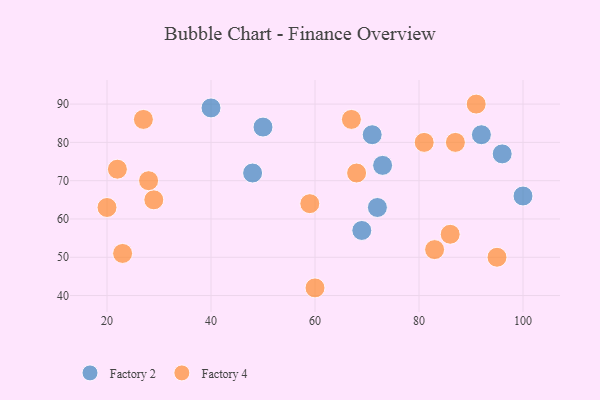
{"axis": {"x": "GDP", "y": "Life Expectancy"}, "legend": ["Factory 2", "Factory 4"], "data": [{"x": "72", "y": 63, "type": "Factory 2"}, {"x": "92", "y": 82, "type": "Factory 2"}, {"x": "50", "y": 84, "type": "Factory 2"}, {"x": "100", "y": 66, "type": "Factory 2"}, {"x": "69", "y": 57, "type": "Factory 2"}, {"x": "73", "y": 74, "type": "Factory 2"}, {"x": "48", "y": 72, "type": "Factory 2"}, {"x": "96", "y": 77, "type": "Factory 2"}, {"x": "40", "y": 89, "type": "Factory 2"}, {"x": "71", "y": 82, "type": "Factory 2"}, {"x": "83", "y": 52, "type": "Factory 4"}, {"x": "68", "y": 72, "type": "Factory 4"}, {"x": "81", "y": 80, "type": "Factory 4"}, {"x": "86", "y": 56, "type": "Factory 4"}, {"x": "67", "y": 86, "type": "Factory 4"}, {"x": "87", "y": 80, "type": "Factory 4"}, {"x": "20", "y": 63, "type": "Factory 4"}, {"x": "27", "y": 86, "type": "Factory 4"}, {"x": "22", "y": 73, "type": "Factory 4"}, {"x": "29", "y": 65, "type": "Factory 4"}, {"x": "95", "y": 50, "type": "Factory 4"}, {"x": "60", "y": 42, "type": "Factory 4"}, {"x": "28", "y": 70, "type": "Factory 4"}, {"x": "59", "y": 64, "type": "Factory 4"}, {"x": "23", "y": 51, "type": "Factory 4"}, {"x": "91", "y": 90, "type": "Factory 4"}]}